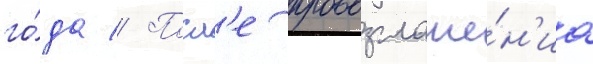
го́да // Посл'е провозглаше́н'иа